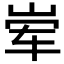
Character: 𮱩